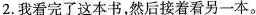
2.我看完了这本书,然后接着看另一本.